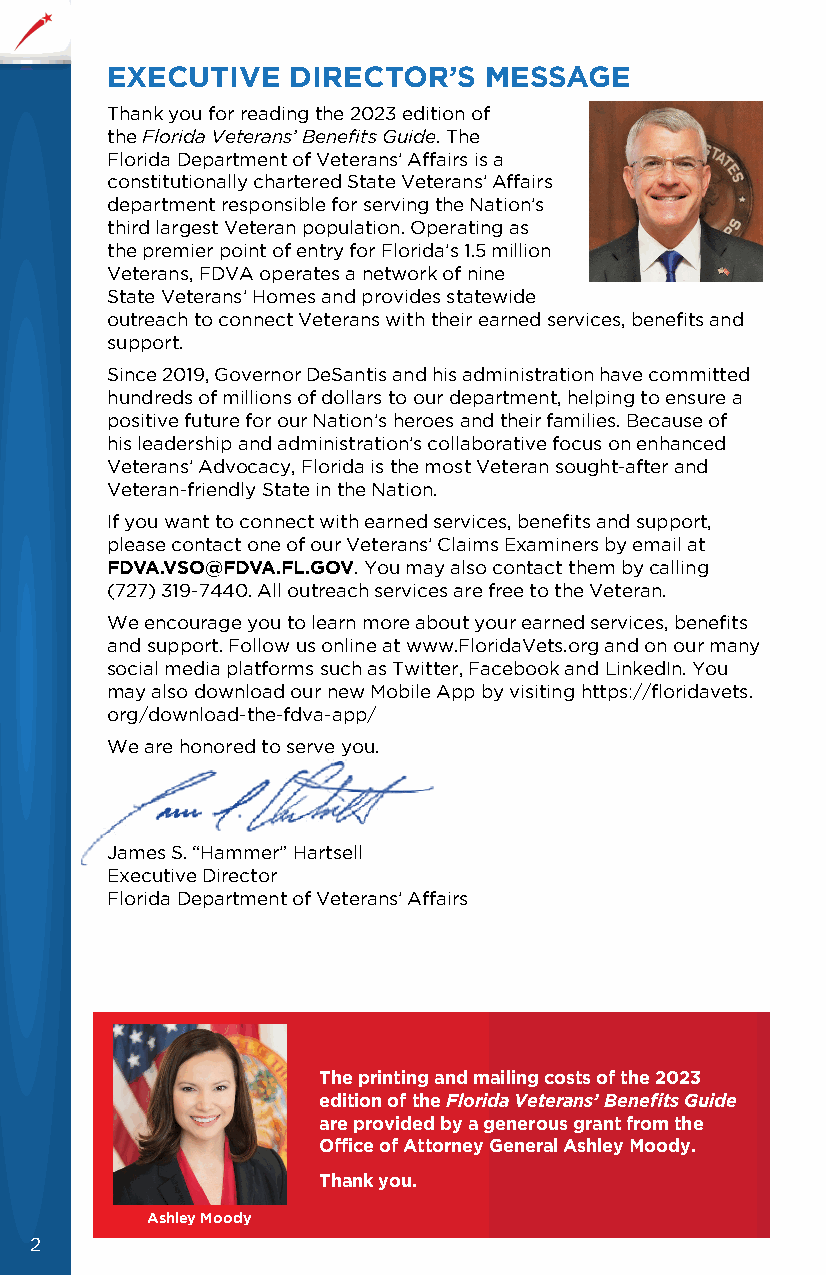
EXECUTIVE   DIRECTOR’S   MESSAGE
 Thank you for reading the 2023 edition of
 the Florida Veterans’ Benefits Guide. The
 Florida Department of Veterans’ Affairs is a
 constitutionally chartered State Veterans’ Affairs
 department responsible for serving the Nation’s
 third largest Veteran population. Operating as
 the premier point of entry for Florida’s 1.5 million
 Veterans, FDVA operates a network of nine
 State Veterans’ Homes and provides statewide
 outreach to connect Veterans with their earned services, benefits and
 support.
 Since 2019, Governor DeSantis and his administration have committed
 hundreds of millions of dollars to our department, helping to ensure a
 positive future for our Nation’s heroes and their families. Because of
 his leadership and administration’s collaborative focus on enhanced
 Veterans’ Advocacy, Florida is the most Veteran sought-after and
 Veteran-friendly State in the Nation.
 If you want to connect with earned services, benefits and support,
 please contact one of our Veterans’ Claims Examiners by email at
 FDVA.VSO@FDVA.FL.GOV. You may also contact them by calling
 (727) 319-7440. All outreach services are free to the Veteran.
 We encourage you to learn more about your earned services, benefits
 and support. Follow us online at www.FloridaVets.org and on our many
 social media platforms such as Twitter, Facebook and LinkedIn. You
 may also download our new Mobile App by visiting https://floridavets.
 org/download-the-fdva-app/
 We are honored to serve you.
 James S. “Hammer” Hartsell
 Executive Director
 Florida Department of Veterans’ Affairs
 The printing and mailing costs of the 2023
 edition of the Florida Veterans’ Benefits Guide
 are provided by a generous grant from the
 Office of Attorney General Ashley Moody.
 Thank you.
 Ashley Moody
 2